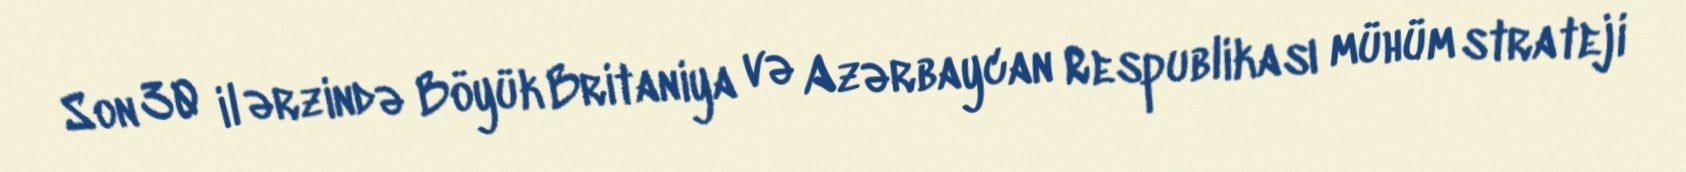
Son 30 il ərzində Böyük Britaniya və Azərbaycan Respublikası mühüm strateji